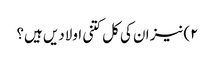
۲)نیز ان کی کل کتنی اولادیں ہیں؟